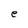
Character: e